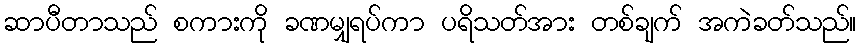
ဆာပီတာသည် စကားကို ခဏမျှရပ်ကာ ပရိသတ်အား တစ်ချက် အကဲခတ်သည်။